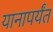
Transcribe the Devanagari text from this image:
यानापर्यंत